Report of the Indian Hemp Drugs Commission, 1894-1895 - Volume II
Year: 1894
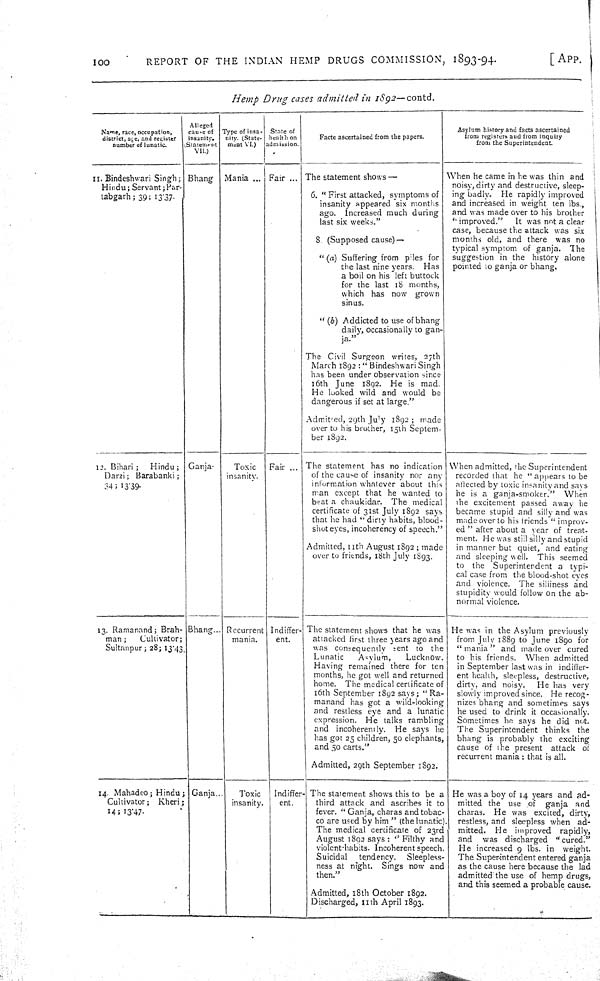
100
REPORT OF THE INDIAN HEMP DRUGS COMMISSION, 1893-94.
[APP.
Hemp Drug cases admitted in 1892—contd.
Name, race, occupation,
district, age, and register
camber of lunatic.
Alleged
cause of
insanity.
(Statement
VII.)
Type of insa-
nity. (State-
meat VI.)
State of
health on
admission.
Facte ascertained from the papers.
Asylum history and facts ascertained
from registers and from inquiry
from the Superintendent.
11. Bindeshwari Singh;
Hindu; Servant; Par-
tabgarh; 39; 13.37.
Bhang Mania
Fair
The statement shows —
6. "First attacked, symptoms of
insanity appeared six months
ago. Increased much during
last six weeks."
8. (Supposed cause)—
"(a) Suffering from piles for
the last nine years. Has
a boil on his left buttock
for the last 18 months,
which has now grown
sinus.
"(b) Addicted to use of bhang
daily, occasionally to gan-
ja."
The Civil Surgeon writes, 27th
March 1892: "Bindeshwari Singh
has been under observation since
16th June 1892. He is mad.
He looked wild and would be
dangerous if set at large."
Admitted, 29th July 1892; made
over to his brother, 15th Septem-
ber 1892.
When he came in he was thin and
noisy, dirty and destructive, sleep-
ing badly. He rapidly improved
and increased in weight ten lbs.,
and was made over to his brother
"improved."
It was not a clear
case, because the attack was six
months old, and there was no
typical symptom of ganja. The
suggestion in the history alone
pointed to ganja or bhang.
12. Bihari; Hindu;
Darzi; Barabanki;
34; 13.39.
Ganja.
Toxic
insanity.
Fair
The statement has no indication
of the cause of insanity nor any
information whatever about this
man except that he wanted to
beat a chaukidar. The medical
certificate of 31st July 1892 says
that he had "dirty habits, blood-
shot eyes, incoherency of speech."
Admitted, 11th August 1892; made
over to friends, 18th July 1893.
When admitted, the Superintendent
recorded that he "appears to be
affected by toxic insanity and says
he is a ganja-smoker." When
the excitement passed away he
became stupid and silly and was
made over to his friends "improv-
ed" after about a year of treat-
ment. He was still silly and stupid
in manner but quiet, and eating
and sleeping well. This seemed
to the Superintendent a typi-
cal case from the blood-shot eyes
and violence. The siliiness and
stupidity would follow on the ab-
normal violence.
13. Ramanand; Brah-
man;
Cultivator;
Sultanpur; 28; 13.43.
Bhang
Recurrent
mania.
Indiffer-
ent.
The statement shows that he was
attacked first three years ago and
was consequently sent to the
Lunatic
Asylum,
Lucknow.
Having remained there for ten
months, he got well and returned
home. The medical certificate of
16th September 1892 says; "Ra-
manand has got a wild-looking
and restless eye and a lunatic
expression. He talks rambling
and incoherently. He says he
has got 25 children, 50 elephants,
and 50 carts."
Admitted, 29th September 1892.
He was in the Asylum previously
from July 1889 to June 1890 for
"mania" and made over cured
to his friends. When admitted
in September last was in indiffer-
ent health, sleepless, destructive,
dirty, and noisy. He has very
slowly improved since. He recog-
nizes bhang and sometimes says
he used to drink it occasionally.
Sometimes he says he did not.
The Superintendent thinks the
bhang is probably the exciting
cause of the present attack of
recurrent mania: that is all.
14. Mahadeo; Hindu;
Cultivator; Kheri;
14; 13.47.
Ganja
Toxic
insanity.
Indiffer-
ent.
The statement shows this to be a
third attack and ascribes it to
fever. "Ganja, charas and tobac-
co are used by him " (the lunatic).
The medical certificate of 23rd
August 1893 says: "Filthy and
violent-habits. Incoherent speech.
Suicidal tendency. Sleepless-
ness at night. Sings now and
then."
Admitted, 18th October 1892.
Discharged, 11th April 1893.
He was a boy of 14 years and ad-
mitted the use of ganja and
charas. He was excited, dirty,
restless, and sleepless when ad-
mitted. He improved rapidly,
and was discharged "cured."
He increased 9 lbs. in weight.
The Superintendent entered ganja
as the cause here because the lad
admitted the use of hemp drugs,
and this seemed a probable cause.